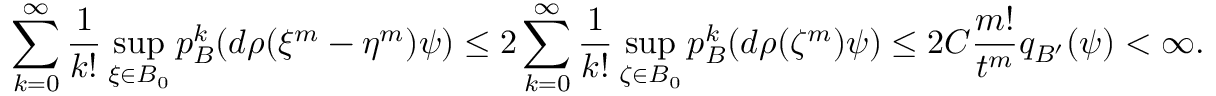
\sum _ { k = 0 } ^ { \infty } { \frac { 1 } { k ! } } \operatorname* { s u p } _ { \xi \in B _ { 0 } } p _ { B } ^ { k } ( d \rho ( \xi ^ { m } - \eta ^ { m } ) \psi ) \leq 2 \sum _ { k = 0 } ^ { \infty } { \frac { 1 } { k ! } } \operatorname* { s u p } _ { \zeta \in B _ { 0 } } p _ { B } ^ { k } ( d \rho ( \zeta ^ { m } ) \psi ) \leq 2 C { \frac { m ! } { t ^ { m } } } q _ { B ^ { \prime } } ( \psi ) < \infty .